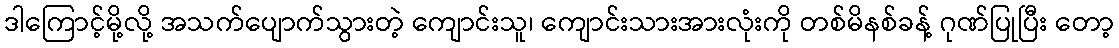
ဒါကြောင့်မို့လို့ အသက်ပျောက်သွားတဲ့ ကျောင်းသူ၊ ကျောင်းသားအားလုံးကို တစ်မိနစ်ခန့် ဂုဏ်ပြုပြီး တော့